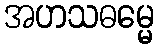
အဟသဓမ္မေ